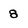
Character: 8